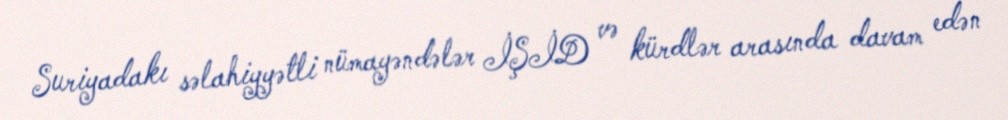
Suriyadakı səlahiyyətli nümayəndələr İŞİD və kürdlər arasında davam edən